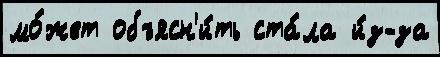
мо́жет объясн'и́ть ста́ла и́з-за